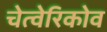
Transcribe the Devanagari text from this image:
चेत्वेरिकोव